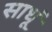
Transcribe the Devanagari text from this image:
साधूं